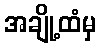
အချို့ထံမှ